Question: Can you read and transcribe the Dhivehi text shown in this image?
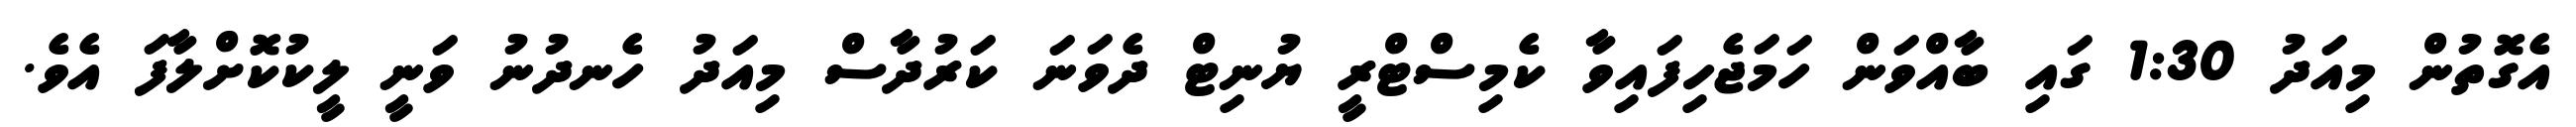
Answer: އެގޮތުން މިއަދު 1:30 ގައި ބާއްވަން ހަމަޖެހިފައިވާ ކެމިސްޓްރީ ޔުނިޓް ދެވަނަ ކަރުދާސް މިއަދު ހެނދުނު ވަނީ ލީކުކޮށްލާފަ އެވެ.